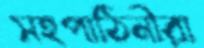
সহপাঠিনীরা